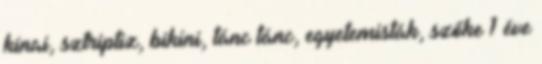
kínai, sztriptiz, bikini, tánc tánc, egyetemisták, szőke 1 éve